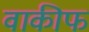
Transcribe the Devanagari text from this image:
वाकीफ